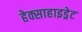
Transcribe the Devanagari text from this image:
हेक्साहाइड्रेट